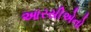
આરસીએનો